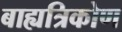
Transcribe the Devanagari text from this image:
बाह्यत्रिकोण